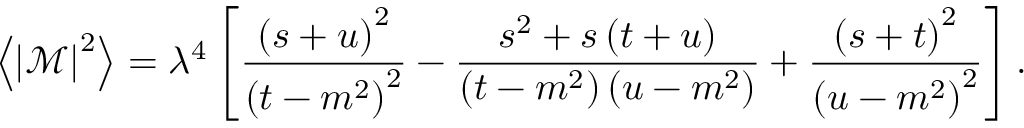
\left\langle \left\vert \mathcal { M } \right\vert ^ { 2 } \right\rangle = \lambda ^ { 4 } \left[ \frac { \left( s + u \right) ^ { 2 } } { \left( t - m ^ { 2 } \right) ^ { 2 } } - \frac { s ^ { 2 } + s \left( t + u \right) } { \left( t - m ^ { 2 } \right) \left( u - m ^ { 2 } \right) } + \frac { \left( s + t \right) ^ { 2 } } { \left( u - m ^ { 2 } \right) ^ { 2 } } \right] .